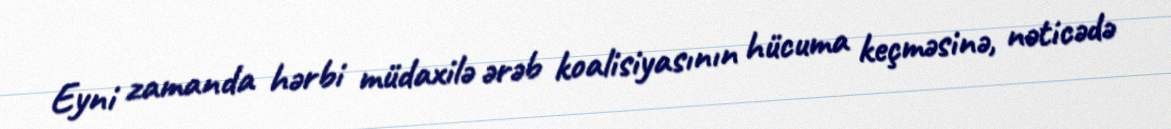
Eyni zamanda hərbi müdaxilə ərəb koalisiyasının hücuma keçməsinə, nəticədə